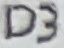
Text: D3